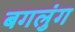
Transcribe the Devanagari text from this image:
बगलुंग